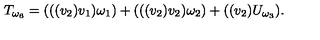
T _ { \omega _ { 6 } } = ( ( ( v _ { 2 } ) v _ { 1 } ) \omega _ { 1 } ) + ( ( ( v _ { 2 } ) v _ { 2 } ) \omega _ { 2 } ) + ( ( v _ { 2 } ) U _ { \omega _ { 3 } } ) .